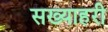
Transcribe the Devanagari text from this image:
सख्याहरी